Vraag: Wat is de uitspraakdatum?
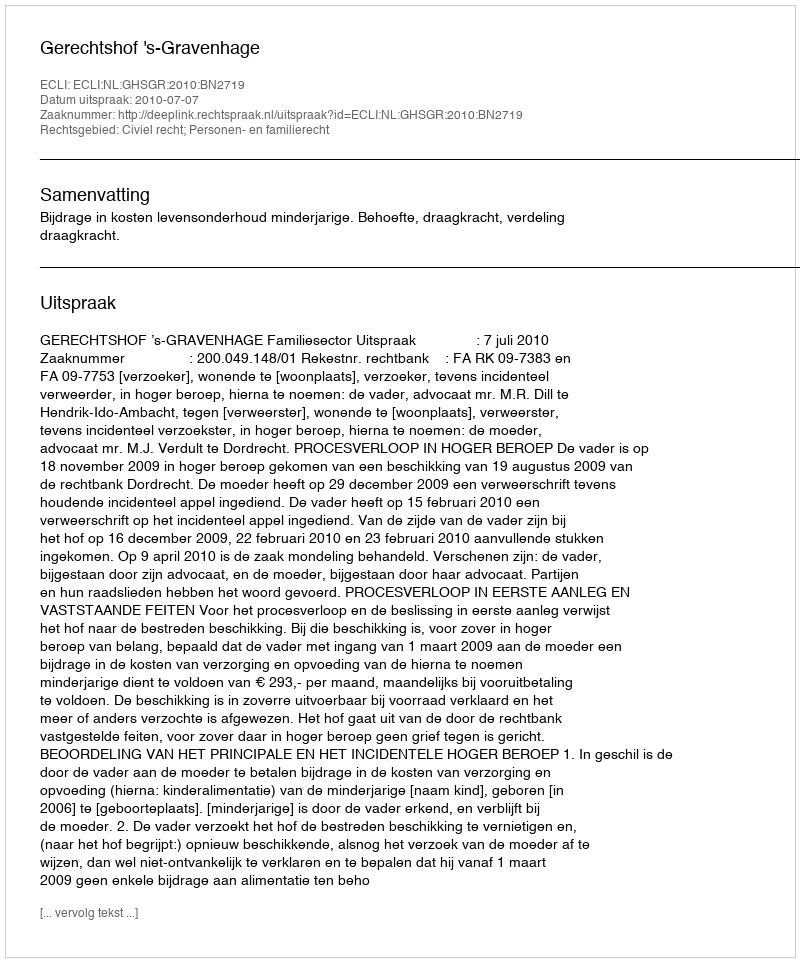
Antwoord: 2010-07-07